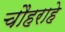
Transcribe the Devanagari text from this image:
चौहराहे